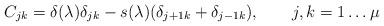
LaTeX: \begin{align*}C_{jk} = \delta(\lambda)\delta_{jk} - s(\lambda)(\delta_{j+1k}+\delta_{j-1k}),\qquad j,k=1\dots\mu\end{align*}